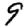
Digit: 9